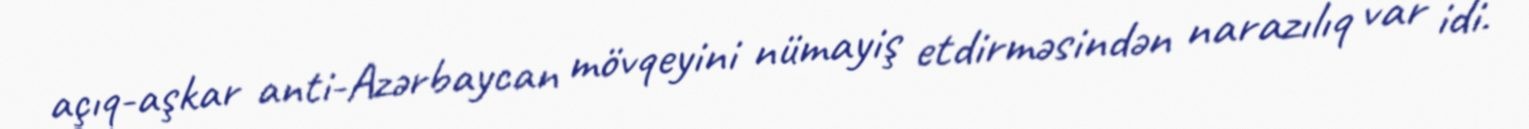
açıq-aşkar anti-Azərbaycan mövqeyini nümayiş etdirməsindən narazılıq var idi.